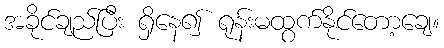
အခိုင်ချည်ပြီး ရှိနေ၍ ရုန်းမထွက်နိုင်တော့ချေ။